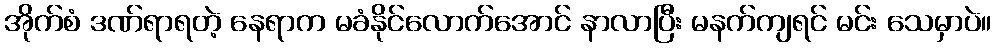
အိုက်စံ ဒဏ်ရာရတဲ့ နေရာက မခံနိုင်လောက်အောင် နာလာပြီး မနက်ကျရင် မင်း သေမှာပဲ။